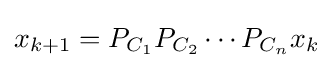
x_{k+1}=P_{C_{1}}P_{C_{2}}\cdots P_{C_{n}}x_{k}